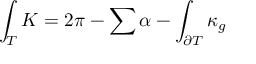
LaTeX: \int _ { T } K = 2 \pi - \sum \alpha - \int _ { \partial T } \kappa _ { g }